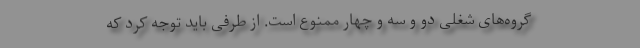
گروه‌های شغلی دو و سه و چهار ممنوع است. از طرفی باید توجه کرد که